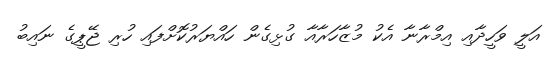
އަލީ ވަހީދާއި އިމްރާނާ އެކު މުޒާހަރާއާ ގުޅިގެން ހައްޔަރުކޮށްފައި ހުރި ޖޭޕީގެ ނައިބު